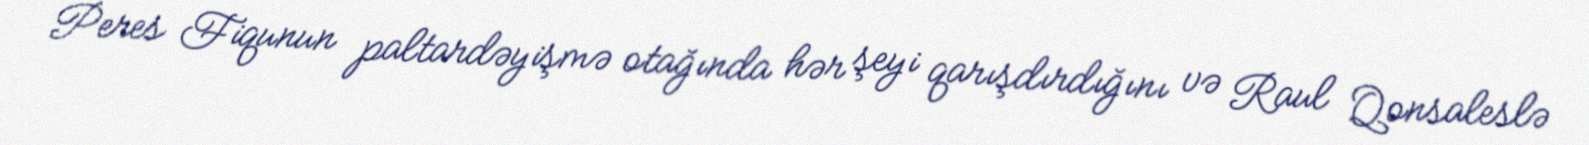
Peres Fiqunun paltardəyişmə otağında hər şeyi qarışdırdığını və Raul Qonsaleslə